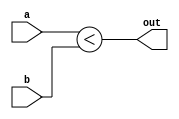
module LessThanComparator (
    input signed [7:0] a,
    input signed [7:0] b,
    output reg out
);

always @* begin
    out = a < b;
end

endmodule